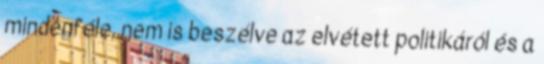
mindenféle, nem is beszélve az elvétett politikáról és a